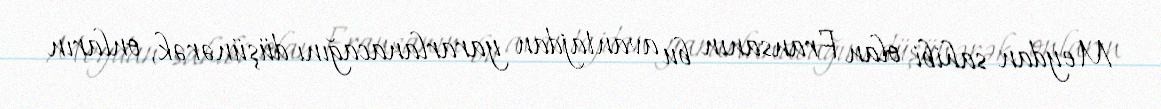
Meydan sahibi olan Fransanın bu avantajdan yararlanacağını düşünərək, onların